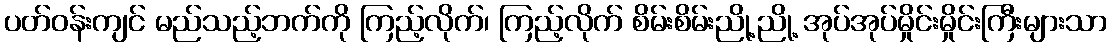
ပတ်ဝန်းကျင် မည်သည့်ဘက်ကို ကြည့်လိုက်၊ ကြည့်လိုက် စိမ်းစိမ်းညို့ညို့ အုပ်အုပ်မှိုင်းမှိုင်းကြီးများသာ